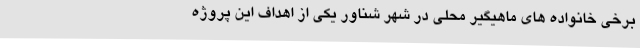
برخی خانواده های ماهیگیر محلی در شهر شناور یکی از اهداف این پروژه